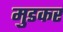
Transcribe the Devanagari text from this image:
मुडकर